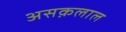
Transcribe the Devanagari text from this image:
असक़लाल